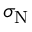
\sigma _ { \mathrm { N } }